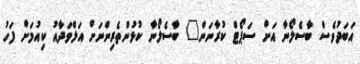
އަބަދުވެސް ބާސެލޯނާ އަށް ސަޕޯޓް ކުރާނަން" ބާސެލޯނާ ކުޅުންތެރިންނަށް އަލްވަދާއު ކިއުމަށް ފަހު